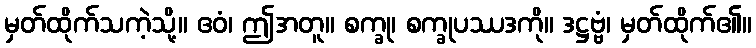
မှတ်ထိုက်သကဲ့သို့။ ဧဝံ၊ ဤအတူ။ စက္ခု၊ စက္ခုပဿဒကို။ ဒဋ္ဌဗ္ဗံ၊ မှတ်ထိုက်၏။